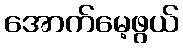
အောက်မေ့ဖွယ်